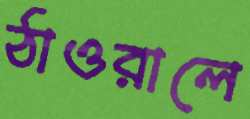
ঠাওরালে